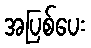
အပြစ်ပေး